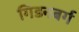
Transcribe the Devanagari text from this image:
गिडनबर्ग